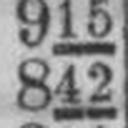
842